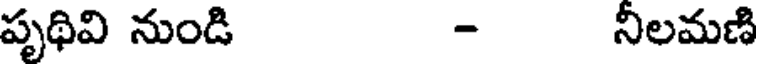
పృథివి నుండి - నీలమణి